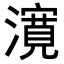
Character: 𭳈